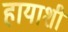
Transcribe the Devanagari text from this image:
हायाशी